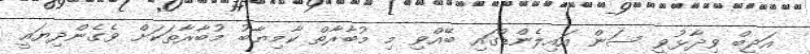
އަދީބް ވިދާޅުވީ ސަން އައިލެންޑްގައި ބޭއްވި މި މުބާރާތް ކާމިޔާބު މުބާރާތަކަށް ވެގެންދިޔައީ